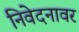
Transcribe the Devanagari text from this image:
निवेदनावर